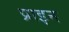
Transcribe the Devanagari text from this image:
प्राइन